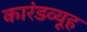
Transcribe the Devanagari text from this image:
कारंडव्यूह